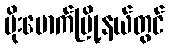
မိုးမောက်မြို့နယ်တွင်